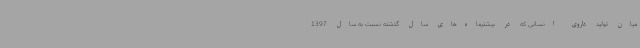
میان تولید داروی انسانی که در بیشترماه‌های سال گذشته نسبت به سال 1397